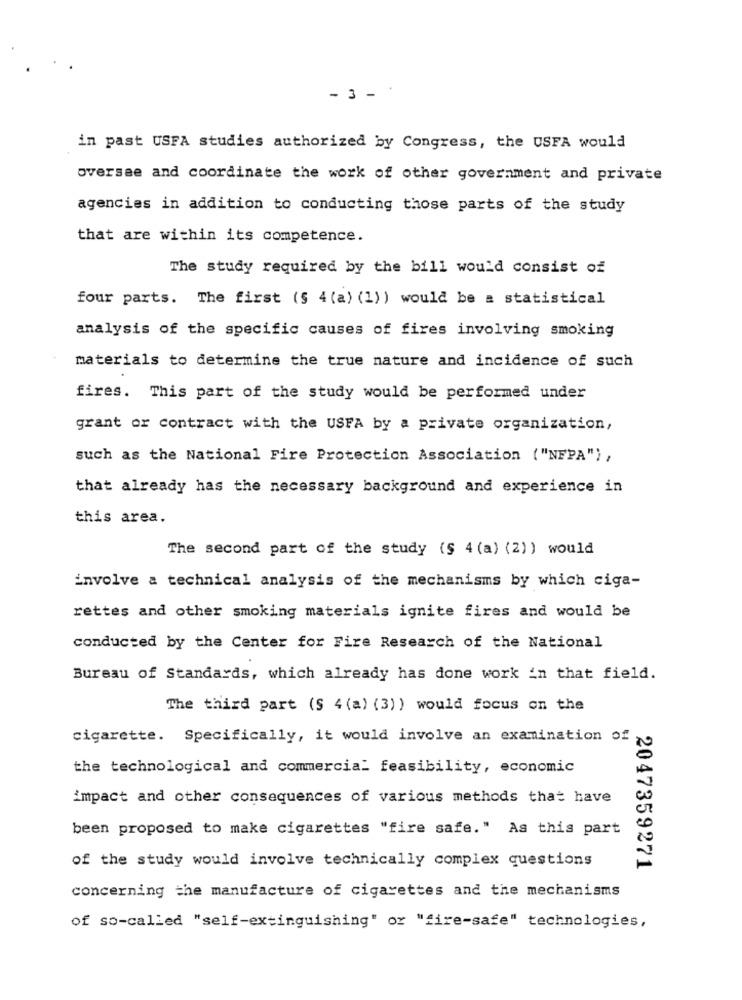
- 3 - *
in past USFA studies authorized by Congress, the USFA would
oversee and coordinate the work of other government and private
agencies in addition to conducting those parts of the study
that are within its competence.
The study required by the bill would consist of
four parts. The first (§ 4 (a) (1)) would be a statistical
analysis of the specific causes of fires involving smoking
materials to determine the true nature and incidence of such
fires. This part of the study would be performed under
grant or contract with the USFA by a private organization,
such as the National Fire Protection Association ("NFPA") ,
that already has the necessary background and experience in
this area.
The second part of the study (§ 4 (a) (2)) would
Envolve a technical analysis of the mechanisms by which ciga-
rettes and other smoking materials ignite fires and would be
conducted by the Center for Fire Research of the National
Bureau of Standards, which already has done work in that field.
The third part (S 4 (a) (3)) would focus on the
cigarette. Specifically, it would involve an examination of
the technological and commercial feasibility, economic
impact and other consequences of various methods that have
been proposed to make cigarettes "fire safe." As this part
of the study would involve technically complex questions
2047359271
concerning the manufacture of cigarettes and the mechanisms
of so-called "self-extinguishing" or "fire-safe" technologies,